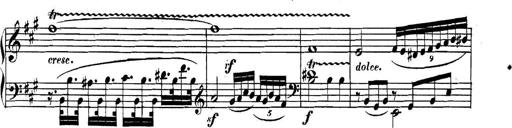
Title: Collected Piano Sonatas
Composer: Muzio Clementi